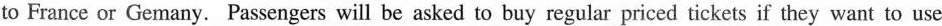
to France or Gemany. Passengers will be asked to buy regular priced tickets if they want to use